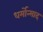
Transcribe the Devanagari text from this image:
धर्मोन्माद